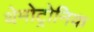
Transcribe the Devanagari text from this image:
थेमोट्रोनिक